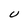
Character: U